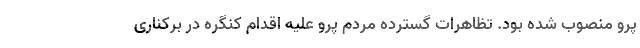
پرو منصوب شده بود. تظاهرات گسترده مردم پرو علیه اقدام کنگره در برکناری